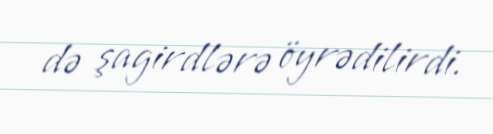
də şagirdlərə öyrədilirdi.